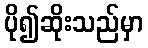
ပို၍ဆိုးသည်မှာ